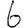
Digit: 6